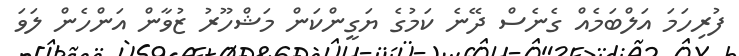
ފުރިހަމަ އަލްބަމެއް ގެނެސް ދޭނެ ކަމުގެ ޔަގީންކަން މަޝްހޫރު ޒުވާން އަންހެން ލަވަ